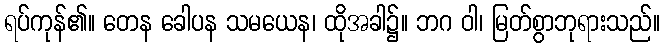
ရပ်ကုန်၏။ တေန ခေါပန သမယေန၊ ထိုအခါ၌။ ဘဂ ဝါ၊ မြတ်စွာဘုရားသည်။